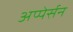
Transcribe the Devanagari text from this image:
अप्पेर्सन